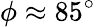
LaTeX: \phi\approx 85^{\circ}